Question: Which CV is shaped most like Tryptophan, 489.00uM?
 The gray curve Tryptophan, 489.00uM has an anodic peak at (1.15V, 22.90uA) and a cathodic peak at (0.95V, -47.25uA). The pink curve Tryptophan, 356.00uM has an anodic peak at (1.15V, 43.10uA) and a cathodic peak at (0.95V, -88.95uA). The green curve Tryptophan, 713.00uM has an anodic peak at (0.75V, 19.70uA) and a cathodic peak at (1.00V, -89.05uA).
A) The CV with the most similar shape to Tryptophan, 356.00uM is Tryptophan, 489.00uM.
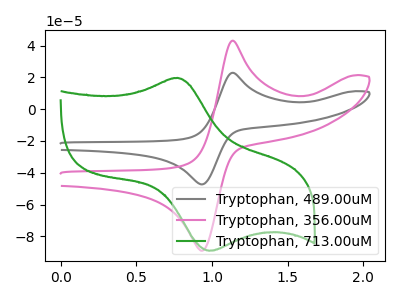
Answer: <think>All the peaks in "Tryptophan, 489.00uM" have a peak in "Tryptophan, 356.00uM" at the same potential. Every peak in "Tryptophan, 489.00uM" is lower than every peak in "Tryptophan, 356.00uM". "Tryptophan, 489.00uM" and "Tryptophan, 713.00uM" have at least one peak that do not match. "Tryptophan, 356.00uM" and "Tryptophan, 713.00uM" have at least one peak that do not match.
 </think>
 <answer>A) The CV with the most similar shape to "Tryptophan, 356.00uM" is "Tryptophan, 489.00uM".</answer>
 <eval>A</eval>